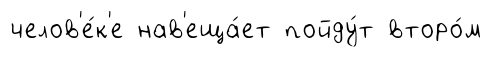
челов'е́к'е нав'еща́ет пойду́т второ́м